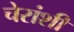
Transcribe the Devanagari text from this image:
चेरांशी